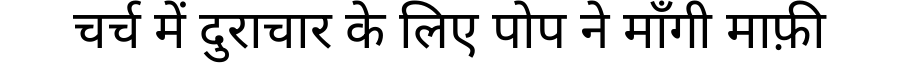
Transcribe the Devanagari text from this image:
चर्च में दुराचार के लिए पोप ने माँगी माफ़ी